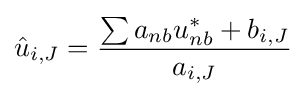
{\hat {u}}_{i,J}={\frac {\sum a_{nb}u_{nb}^{*}+b_{i,J}}{a_{i,J}}}